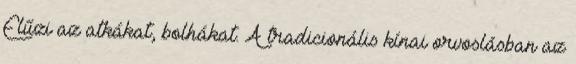
Elűzi az atkákat, bolhákat. A tradicionális kínai orvoslásban az